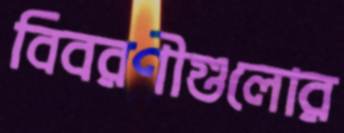
বিবরণীগুলোর